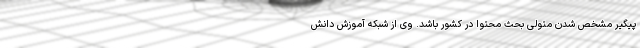
پیگیر مشخص شدن متولی بحث محتوا در کشور باشد. وی از شبکه آموزش دانش